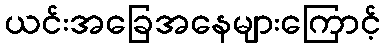
ယင်းအခြေအနေများကြောင့်